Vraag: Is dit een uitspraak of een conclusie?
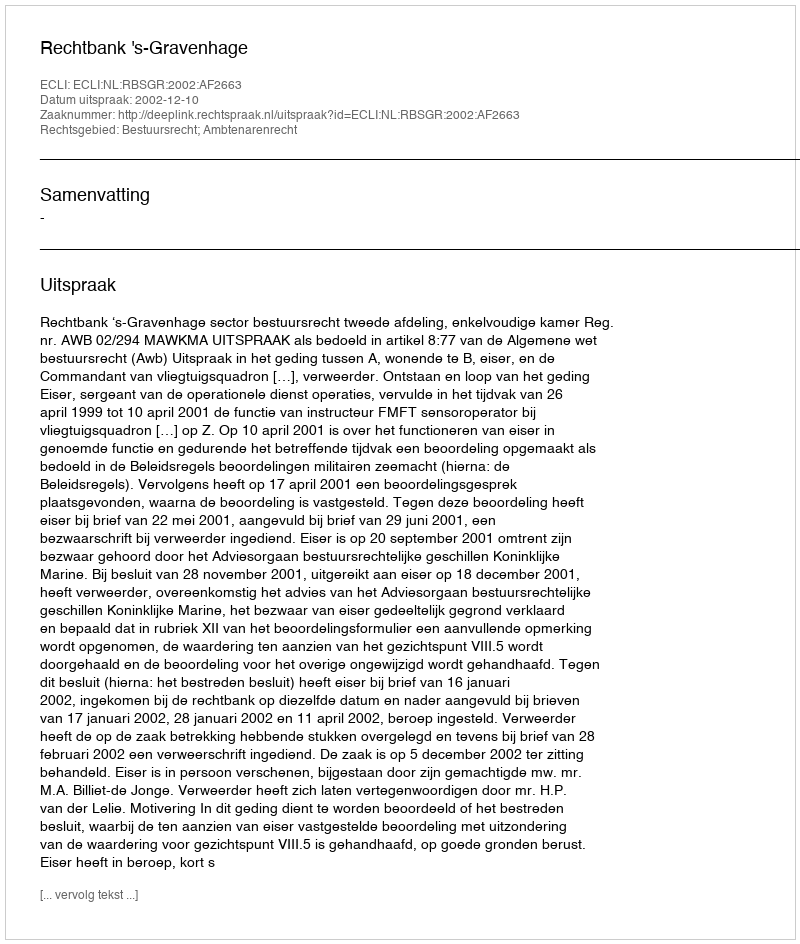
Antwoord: Uitspraak